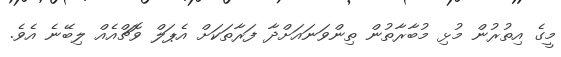
މީގެ އިތުރުން މުޅި މުބާރާތުން ތިންވަނައަށްދާ ފަރާތަކަށް އެޕަލް ވޮޗްއެއް ލިބޭނެ އެވެ.